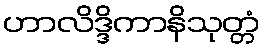
ဟာလိဒ္ဒိကာနိသုတ္တံ